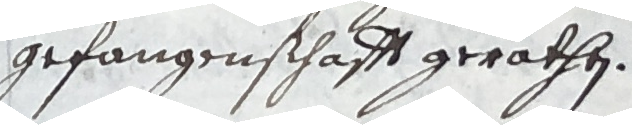
gefangenschafft gerathen.